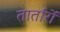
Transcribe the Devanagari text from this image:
तार्तारों